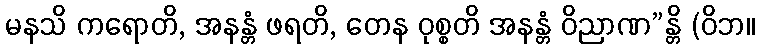
မနသိ ကရောတိ, အနန္တံ ဖရတိ, တေန ဝုစ္စတိ အနန္တံ ဝိညာဏ”န္တိ (ဝိဘ။